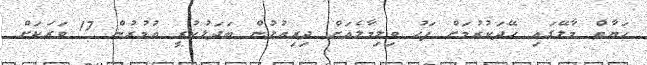
ހަޔާތް މާލޭގައި ހޭދަކުރުމަށް ފަހު ވިލިމާލެެއަށް ދިރިއުޅުން ބަދަލުކުރީ އުމުރުން 17 ވަރަކަށް